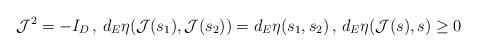
LaTeX: \begin{align*}\mathcal{J}^2=-I_D\,,\,d_E\eta(\mathcal{J}(s_1),\mathcal{J}(s_2))=d_E\eta(s_1,s_2)\,,\,d_E\eta(\mathcal{J}(s),s)\geq0\end{align*}